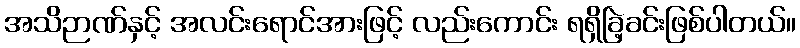
အသိဉာဏ်နှင့် အလင်းရောင်အားဖြင့် လည်းကောင်း ရရှိခြဲ့ခင်းဖြစ်ပါတယ်။